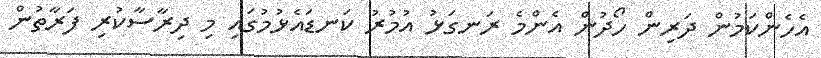
އެހެންކަމުން ދަރިން ހޯދުން އެންމެ ރަނގަޅު އުމުރު ކަނޑައެޅުމުގައި މި ދިރާސާކުރި ފަރާތުން